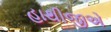
હાથીજીએ